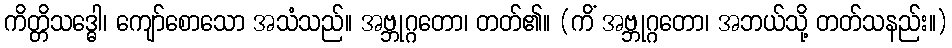
ကိတ္တိသဒ္ဓေါ၊ ကျော်စောသော အသံသည်။ အဗ္ဘုဂ္ဂတော၊ တတ်၏။ (ကိံ အဗ္ဘုဂ္ဂတော၊ အဘယ်သို့ တတ်သနည်း။)